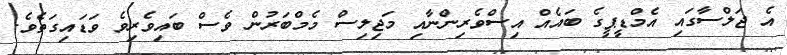
އެ ޖަލްސާގައި އެމްޑީޕީގެ ބައެއް އިސްވެރިންނާއި މަޖިލިސް މެމްބަރުން ވެސް ބައިވެރިވެ ވަޑައިގަތެވެ.